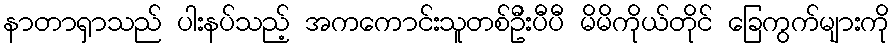
နာတာရှာသည် ပါးနပ်သည့် အကကောင်းသူတစ်ဦးပီပီ မိမိကိုယ်တိုင် ခြေကွက်များကို